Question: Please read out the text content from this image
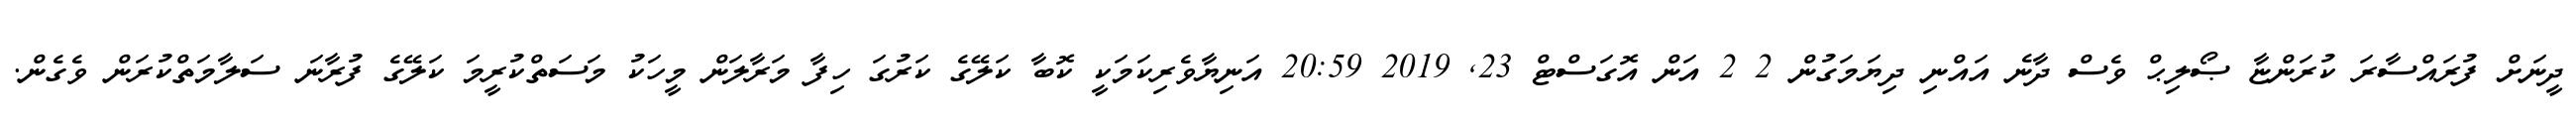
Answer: ދީނަށް ފުރައްސާރަ ކުރަންޏާ ޞޯލިޙް ވެސް ދާނެ އައްނި ދިޔަމަގުން 2 2 އަން އޮގަސްޓް 23, 2019 20:59 އަނިޔާވެރިކަމަކީ ކޮބާ ކަލޭގެ ކަރުގަ ހިފާ މަރާލަން މީހަކު މަސަތްކުރީމަ ކަލޭގެ ފުރާނަ ސަލާމަތްކުރަން ވެގެން.